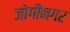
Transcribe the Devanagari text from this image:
जोगीनगर